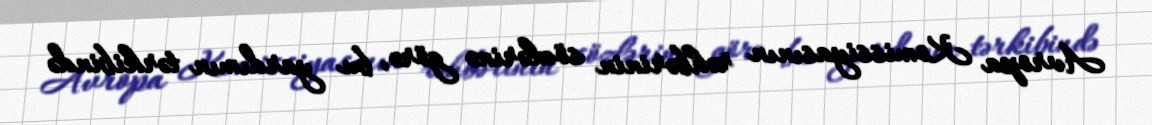
Avropa Komissiyasının rəhbərinin sözlərinə görə, bu yardımın tərkibində